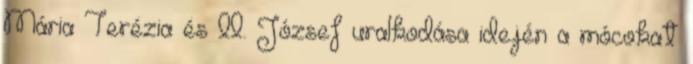
Mária Terézia és II. József uralkodása idején a mócokat